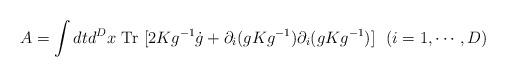
LaTeX: \begin{align*}A= \int dt d^Dx\mbox{ Tr }[2Kg^{-1}\dot g+\partial_i (gK g^{-1})\partial_i (gK g^{-1})]~~ (i=1,\cdots, D)\end{align*}